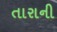
તારાની